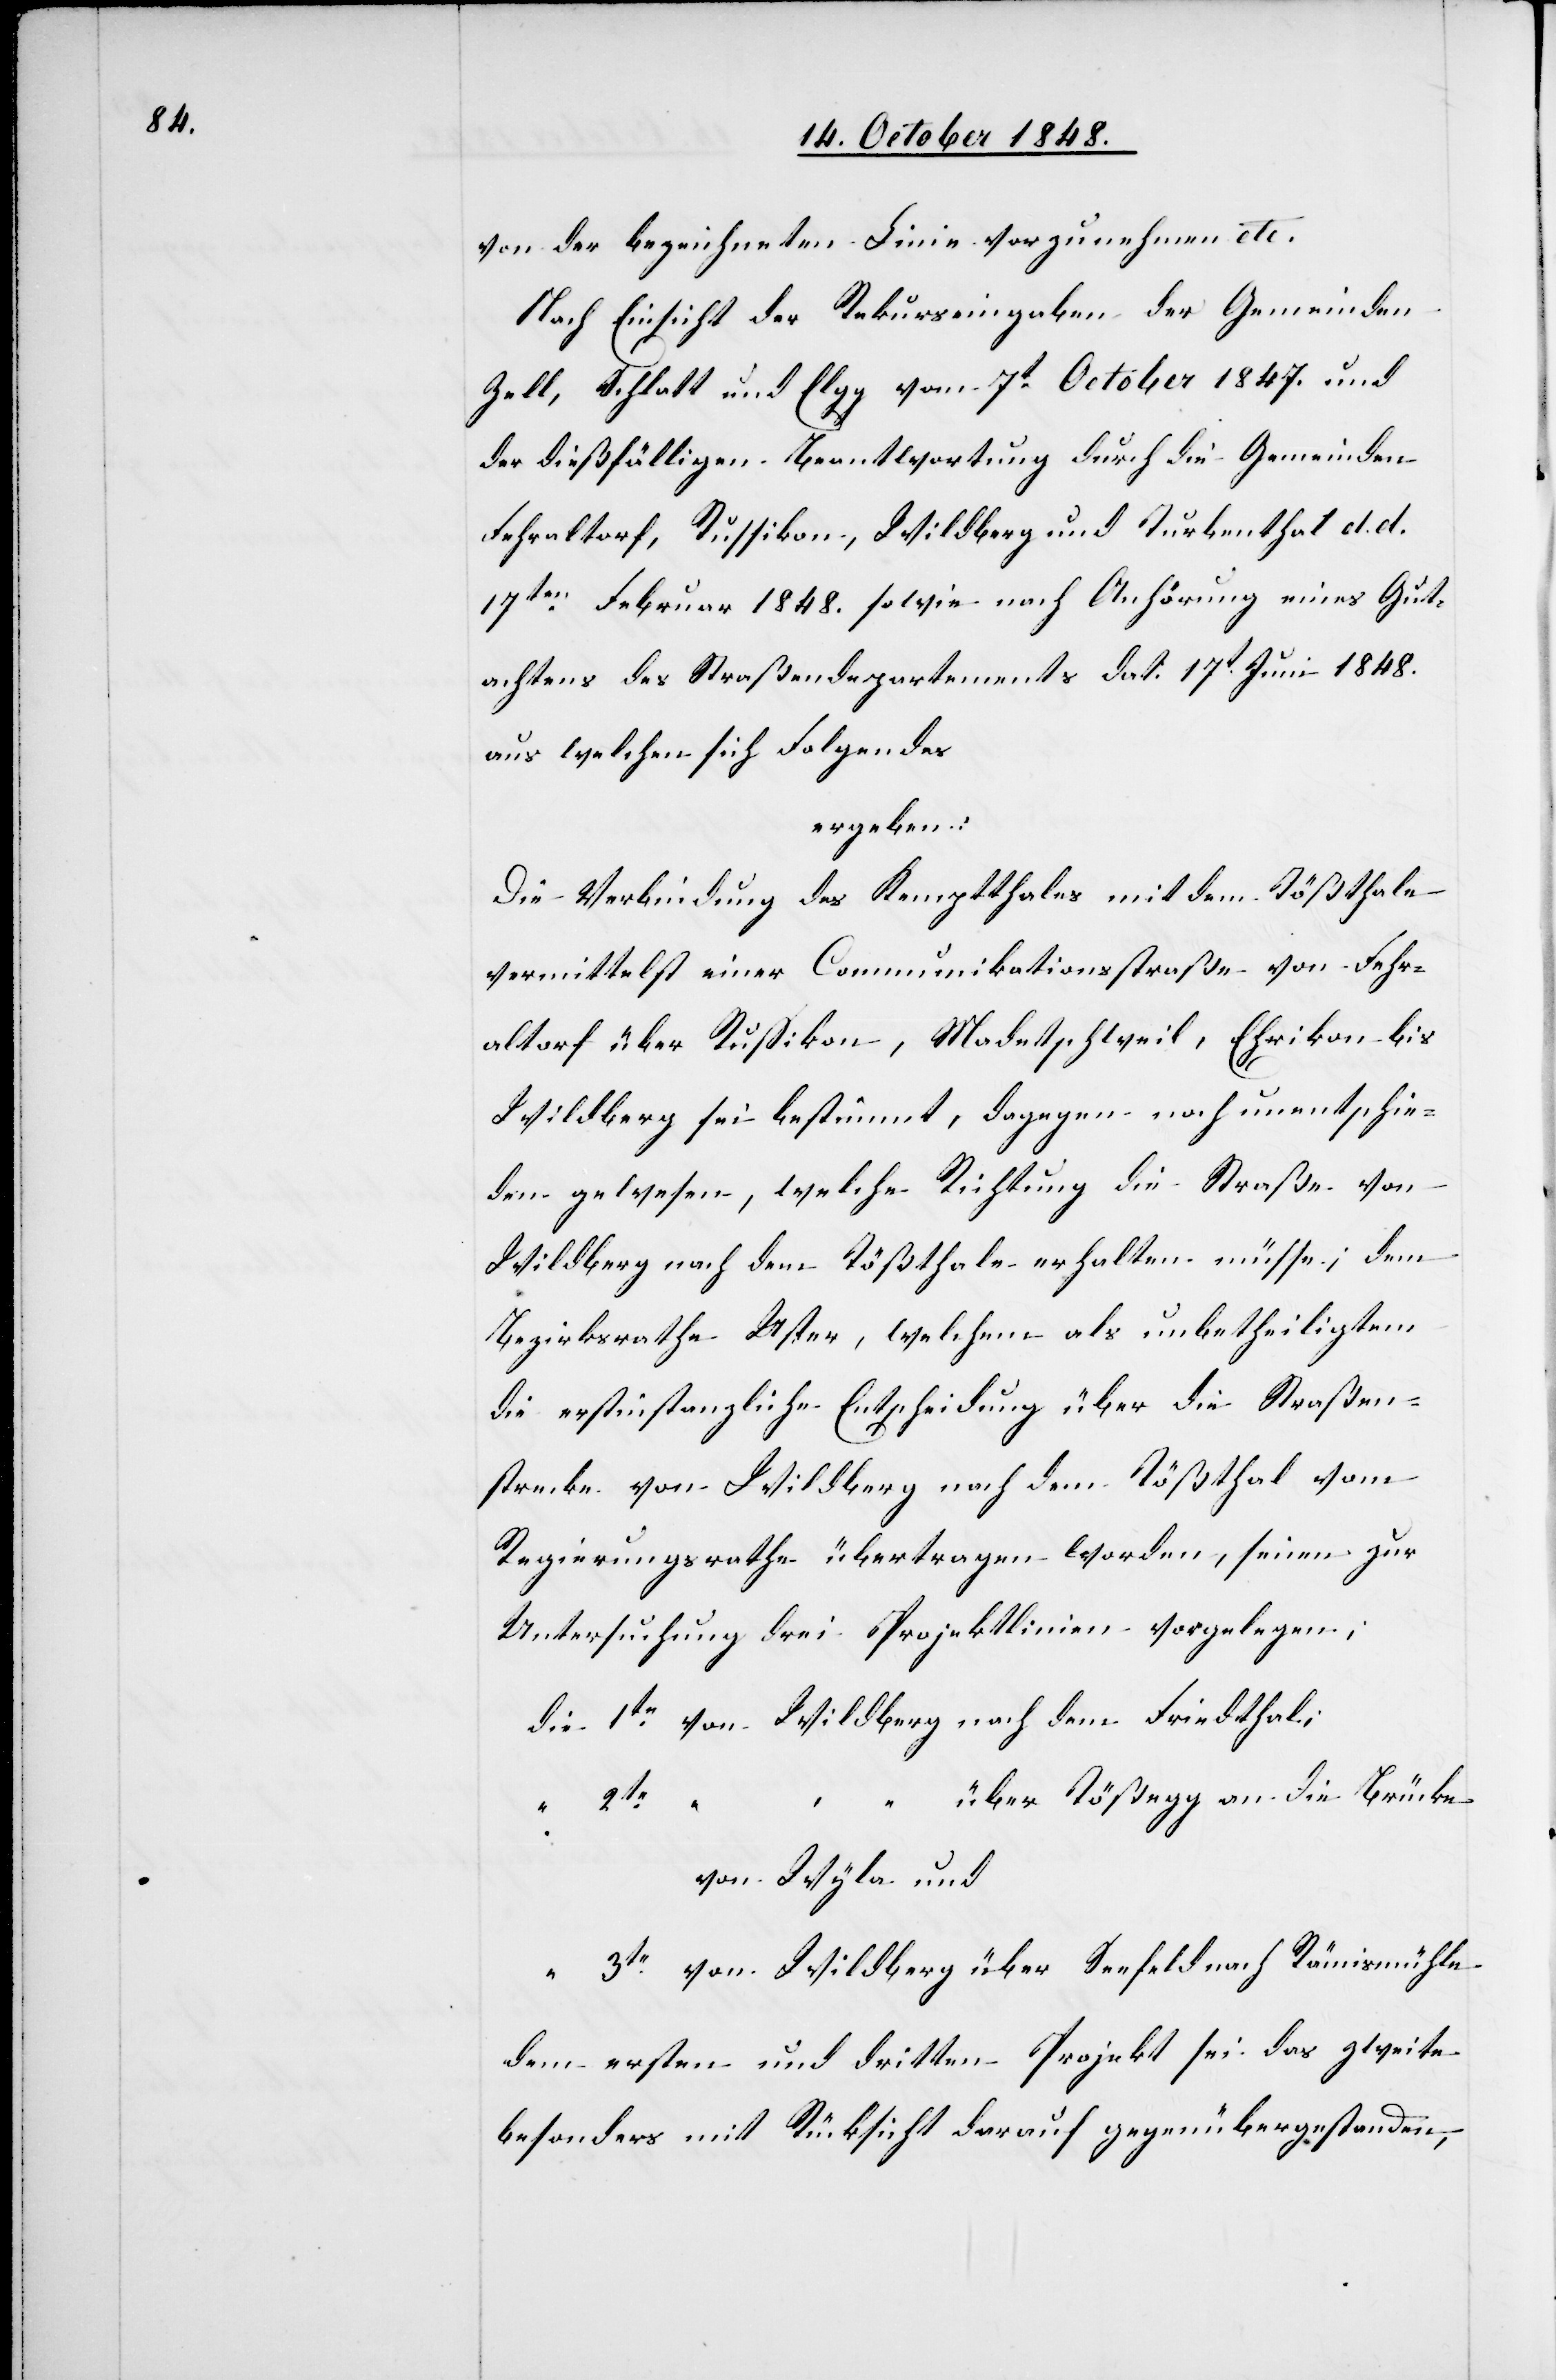
von der bezeichneten Linie vorzunehmen etc.
Nach Einsicht der Rekurseingaben der Gemeinden
Zell, Schlatt und Elgg vom 7t October 1847. und
der dießfälligen Beantwortung durch die Gemeinden
Fehraltorf, Russikon, Wildberg und Turbenthal d. d.
17ten Februar 1848. sowie nach Anhörung eines Gut¬
achtens des Straßendepartements dat 17t Juni 1848.
aus welchen sich folgendes
ergeben:
Die Verbindung des Kemptthales mit dem Tößthale
vermittelst einer Communikationsstraße von Fehr¬
altorf über Rußikon, Madetschweil, Ehrikon bis
Wildberg sei bestimmt, dagegen noch unentschie¬
den gewesen, welche Richtung die Straße von
Wildberg nach dem Tößthale erhalten müsse; dem
Bezirksrathe Uster, welchem als unbetheiligtem
die erstinstanzlichen Entscheidung über die Straßen¬
strecke von Wildberg nach dem Tößthal vom
Regierungsrathe übertragen worden, seien zur
Untersuchung drei Projektlinien vorgelegen;
über Tößegg an die Brücke
“
“
von Wyla und
von Wildberg über Seefeld nach Rämismühle
dem ersten und dritten Projekt sei das zweite
besonders mit Rücksicht darauf gegenübergestanden,